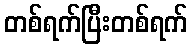
တစ်ရက်ပြီးတစ်ရက်